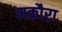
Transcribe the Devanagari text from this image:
मकौरा